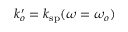
k _ { o } ^ { \prime } = k _ { \mathrm { s p } } ( \omega = \omega _ { o } )